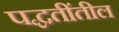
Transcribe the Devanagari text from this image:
पद्धतींतील